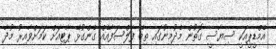
އެމްޑީޕީއަކީ ސިޔާސީ ގޮތުން މެދުމިނުގައި ތިބޭ ފަލްސަފާއެއް ގެންގުޅޭ ޕާޓިއަށް ކަމަށްވާއިރު މުދާ